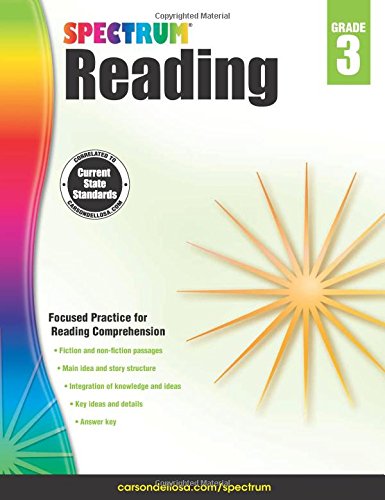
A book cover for Spectrum Reading Workbook, Grade 3; Children's Books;